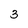
Character: 3